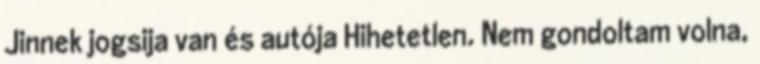
Jinnek jogsija van és autója Hihetetlen. Nem gondoltam volna,